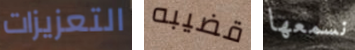
التعزيزات قضيبه نسمعها